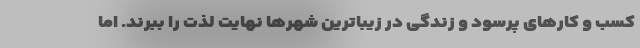
کسب و کارهای پرسود و زندگی در زیباترین شهرها نهایت لذت را ببرند. اما